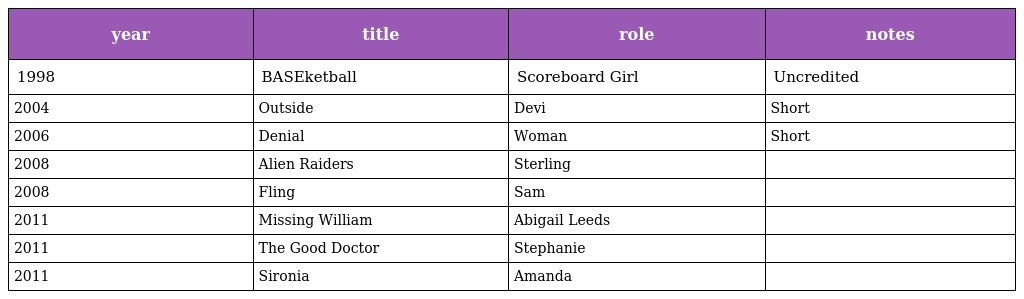
| year | title | role | notes |
 | --- | --- | --- | --- |
 | 1998 | BASEketball | Scoreboard Girl | Uncredited |
 | 2004 | Outside | Devi | Short |
 | 2006 | Denial | Woman | Short |
 | 2008 | Alien Raiders | Sterling |  |
 | 2008 | Fling | Sam |  |
 | 2011 | Missing William | Abigail Leeds |  |
 | 2011 | The Good Doctor | Stephanie |  |
 | 2011 | Sironia | Amanda |  |